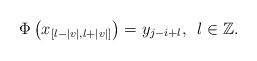
\begin{align*} \Phi\left(x_{[l-|v|,l+|v|]}\right)=y_{j-i+l},\,\,\, l\in\mathbb Z.\end{align*}